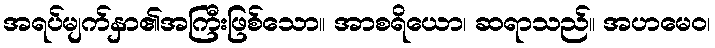
အရပ်မျက်နှာ၏အကြီးဖြစ်သော။ အာစရိယော၊ ဆရာသည်။ အဟမေဝ၊